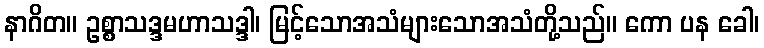
နာဂိတ။ ဥစ္စာသဒ္ဒမဟာသဒ္ဒါ၊ မြင့်သောအသံများသောအသံတို့သည်။ ကော ပန ခေါ၊